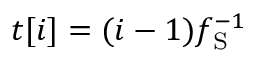
t [ i ] = ( i - 1 ) f _ { \mathrm { S } } ^ { - 1 }